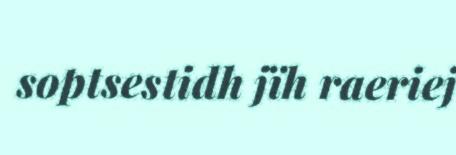
soptsestidh jïh raeriej